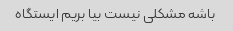
باشه مشکلی نیست بیا بریم ایستگاه